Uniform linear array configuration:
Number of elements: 12
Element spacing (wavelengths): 0.25
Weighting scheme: hamming
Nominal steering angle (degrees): -30
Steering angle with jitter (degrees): -28.58
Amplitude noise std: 0.05
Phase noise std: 0.05

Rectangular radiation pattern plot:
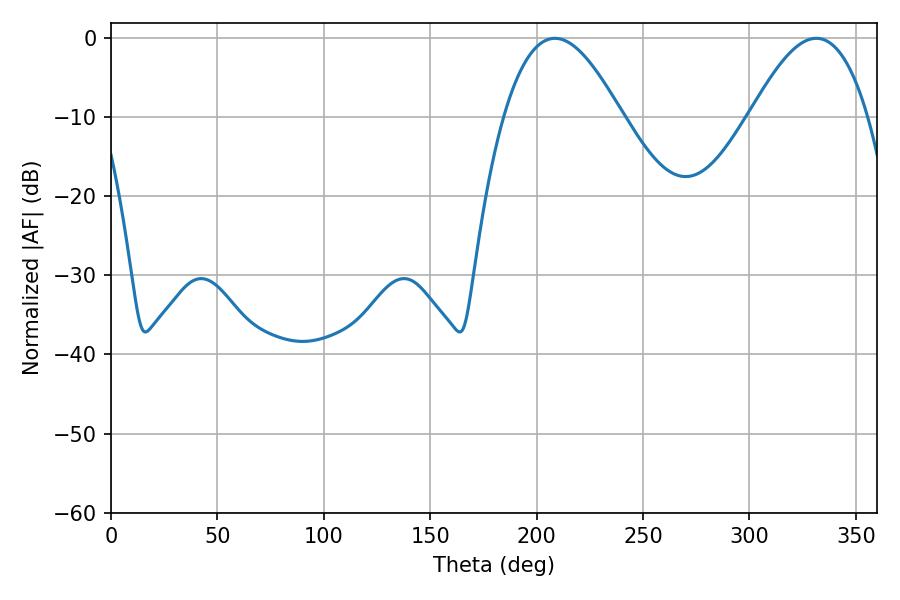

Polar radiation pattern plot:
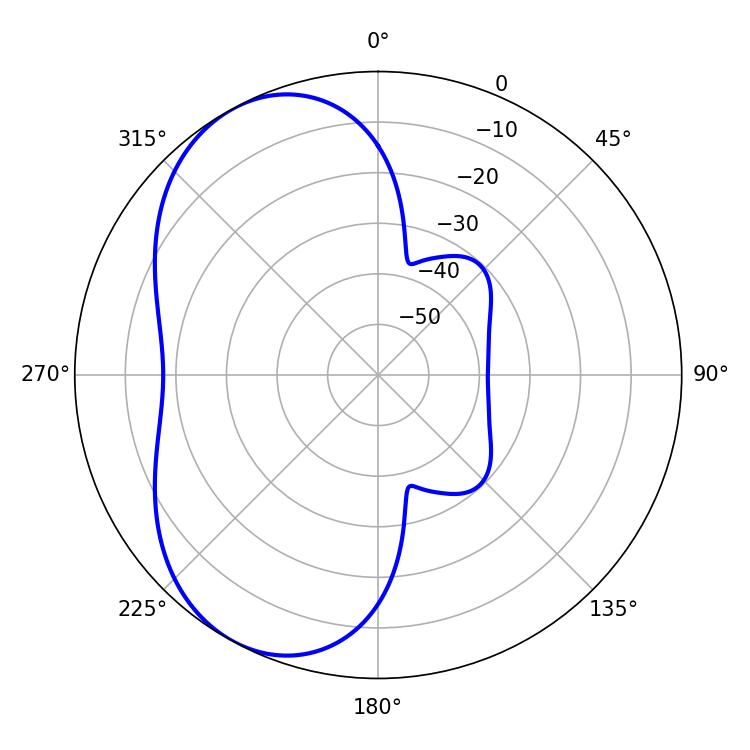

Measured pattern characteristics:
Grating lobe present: FALSE
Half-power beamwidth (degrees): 30.06
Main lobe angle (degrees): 208.62